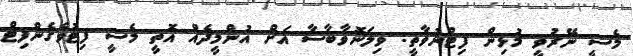
މެސީ ނޭރުވީ މުޅިން ފިޓްނުވާތީ: ވިލަނޮވާބާސާ އަށް އުންމީދެއް އޮތީ މެސީ ފިޓުވެގެންފިޓް